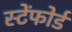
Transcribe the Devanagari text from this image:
स्टेंफोर्ड